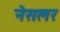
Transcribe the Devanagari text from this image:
नेसलर